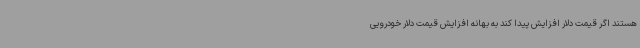
هستند اگر قیمت دلار افزایش پیدا کند به بهانه افزایش قیمت دلار خودرویی